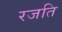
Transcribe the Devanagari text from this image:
रजति